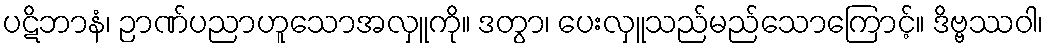
ပဋိဘာနံ၊ ဉာဏ်ပညာဟူသောအလှူကို။ ဒတွာ၊ ပေးလှူသည်မည်သောကြောင့်။ ဒိဗ္ဗဿဝါ၊